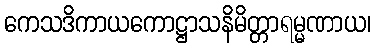
ကေသဒိကာယကောဋ္ဌာသနိမိတ္တာရမ္မဏာယ၊